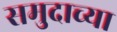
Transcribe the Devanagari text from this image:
समुदाच्या